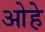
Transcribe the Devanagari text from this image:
ओहे